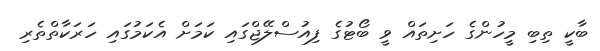
ބާކީ ތިބި މީހުންގެ ހަށިތައް ވީ ބޯޓުގެ ފިއުސްލޭޖްގައި ކަމަށް އެކަމުގައި ހަރަކާތްތެރި